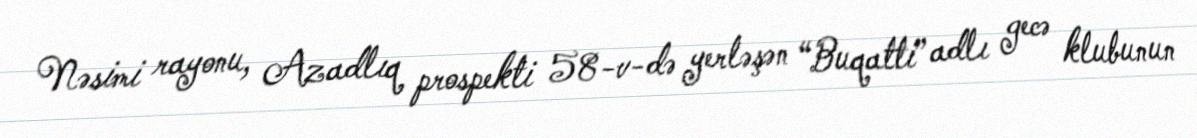
Nəsimi rayonu, Azadlıq prospekti 58-v-də yerləşən “Buqatti” adlı gecə klubunun